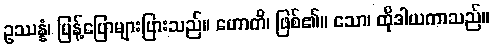
ဥဿန္နံ၊ ပြန့်ပြောများပြားသည်။ ဟောတိ၊ ဖြစ်၏။ သော၊ ထိုဒါယကာသည်။